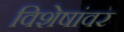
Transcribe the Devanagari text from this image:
विशेषांवर